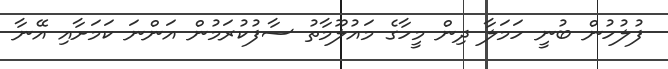
ފުލުހުން ބުނީ ހަމަލާ ދިން މީހާގެ މައުލޫމާތު ސާފުކުރަމުން އަންނަ ކަމަށާއި އޭނާ